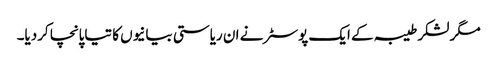
مگر لشکر طیبہ کے ایک پوسٹر نے ان ریاستی بیانیوں کا تیاپانچا کردیا۔